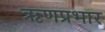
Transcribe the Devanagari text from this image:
ऋणप्रभार